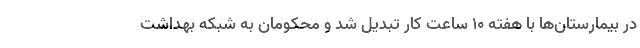
در بیمارستان‌ها با هفته ۱۰ ساعت کار تبدیل شد و محکومان به شبکه بهداشت